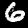
Digit: 6